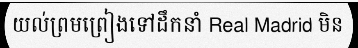
យល់ព្រមព្រៀងទៅដឹកនាំ Real Madrid មិន